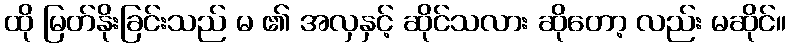
ထို မြတ်နိုးခြင်းသည် မ ၏ အလှနှင့် ဆိုင်သလား ဆိုတော့ လည်း မဆိုင်။